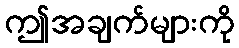
ဤအချက်များကို